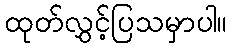
ထုတ်လွှင့်ပြသမှာပါ။